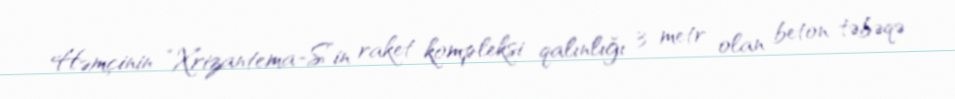
Həmçinin “Xrizantema-S”in raket kompleksi qalınlığı 3 metr olan beton təbəqə